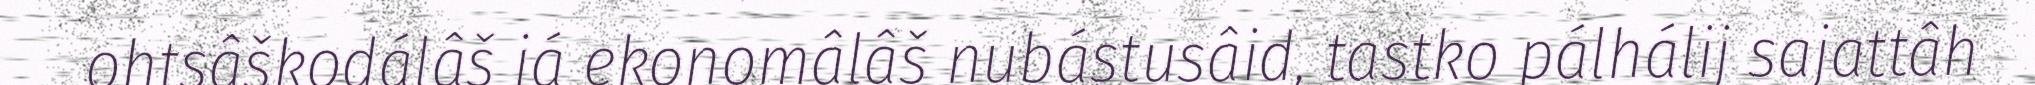
ohtsâškodálâš já ekonomâlâš nubástusâid, tastko pálhálij sajattâh